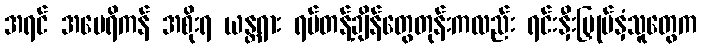
အရင် အမေရိကန် အစိုးရ ယန္တရား ရပ်တန့်ချိန်တွေတုန်းကလည်း ရင်းနှီးမြှုပ်နှံသူတွေက